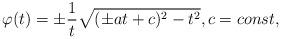
LaTeX: \begin{align*} \varphi(t) = \pm \frac{1}{t} \sqrt{(\pm a t+ c)^2 -t^2}, c = const,\end{align*}